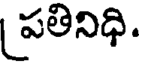
పతినిధి.